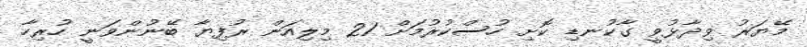
މޭޔަރު ވިދާޅުވީ ގާކުނޑި ކޮށި ހުސްކުރުމަށް 21 މިލިއަން ރުފިޔާ ބޭނުންވަނީ ހުރިހާ